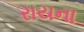
રાયના